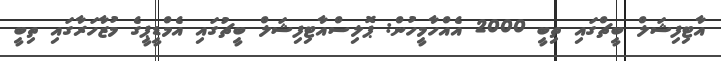
އާޓިފިޝަލް ބީޗްގައި ތިބީ 2000 އެއްހާމީހުން: ޕޮލިސްއާޓިފިޝަލް ބީޗުގައި އެމްޑީޕީގެ މުޒާހަރާގައި ތިބީ